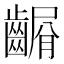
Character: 𪙆